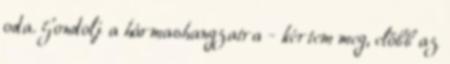
oda. Gondolj a hármashangzatra - kértem meg, előbb az